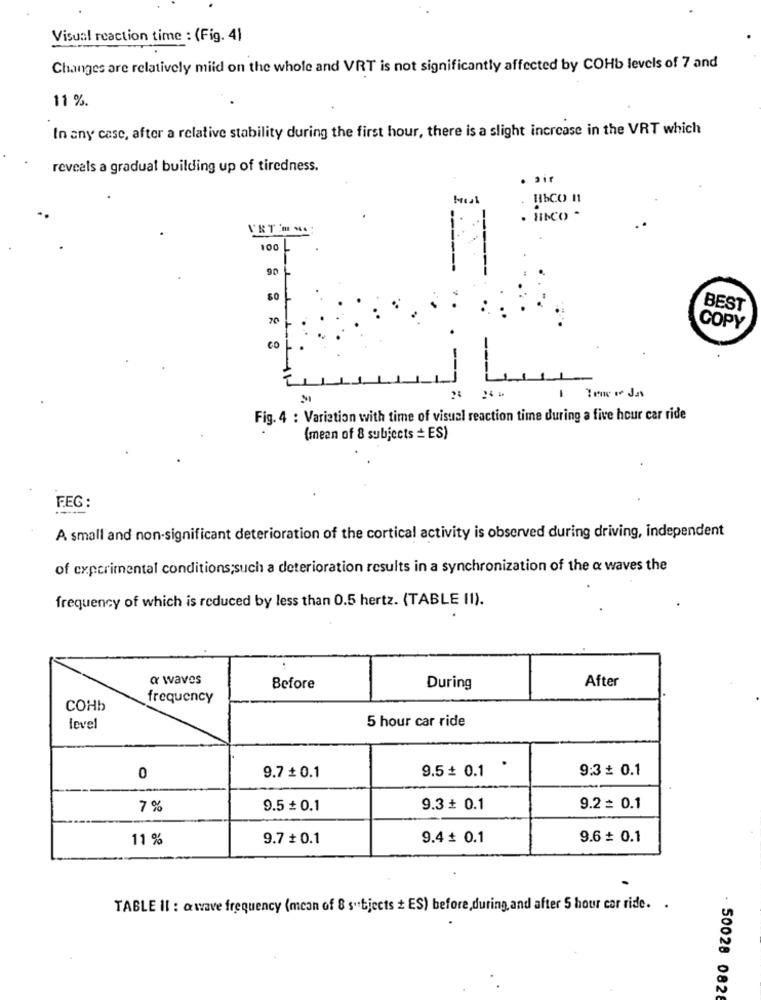
Visual reaction time : (Fig. 41
Changes are relatively mild on the whole and VRT is not significantly affected by COHb levels of 7 and
11 %.
In any case, after a relative stability during the first hour, there is a slight increase in the VRT which
reveals a gradual building up of tiredness.
. air
Meal
HbCO 11
· HINCO -
VRT- ..
100
90
BEST
20
COPY
CO
Fig. 4 : Variation with time of visual reaction time during a five hour car ride
(mean of 8 subjects = ES)
F.EG :
A small and non-significant deterioration of the cortical activity is observed during driving, independent
of experimental conditions;such a deterioration results in a synchronization of the & waves the
frequency of which is reduced by less than 0.5 hertz. (TABLE (I).
a waves
After
Before
During
frequency
COHb
5 hour car ride
level
9.7 + 0.1
9.5 + 0.1
9:3 + 0.1
0
7 %
9.5 + 0.1
9.3 + 0.1
9.2 = 0.1
11 %
9.7 + 0.1
9.4 + 0.1
9.6 + 0.1
TABLE II : a wave frequency (mean of 8 subjects + ES) before,during, and after 5 hour car ride. .
- 50028 0828